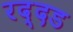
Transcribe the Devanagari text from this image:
रद्दड